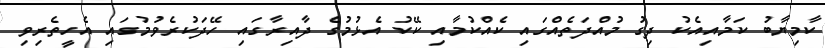
ކާމިޔާބު ކަމާއިއެކު ދިގު މުއްދަތެއްގައި ކެއްކުމާއި ކޭކު އެޅުމުގެ ދާއިރާގައި ހޭދަކުރެވުމުގައި އެހީތެރިވި